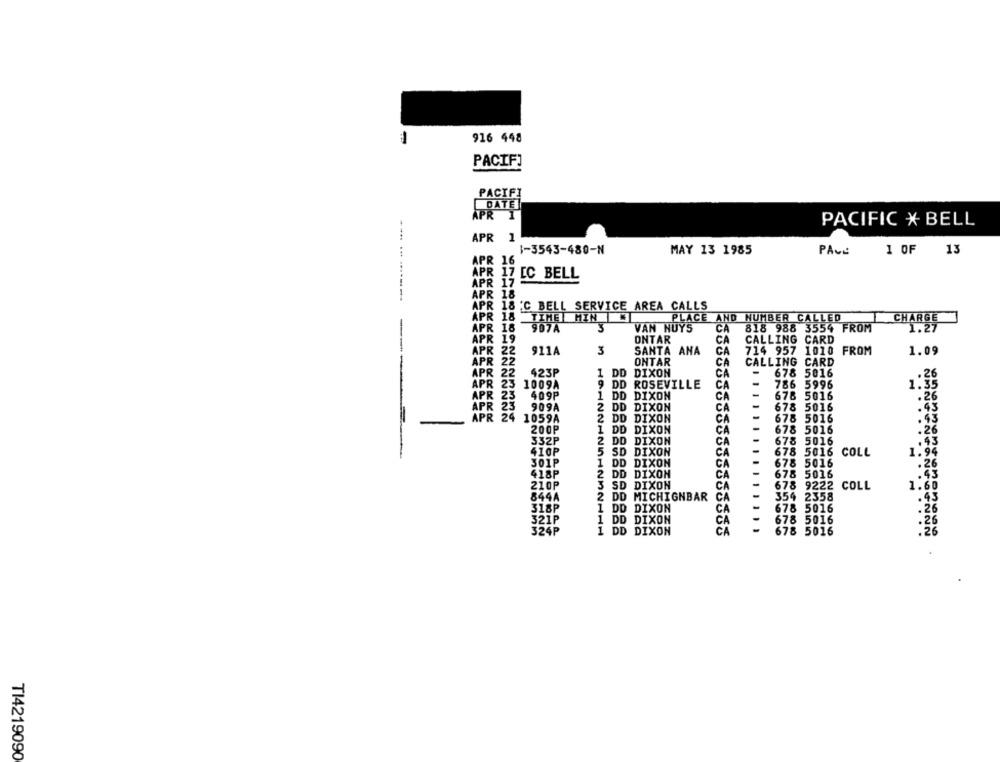
-
916 448
PACIFI
PACIFI
DATE
APR 1
PACIFIC * BELL
APR 1
1-3543-480-N
MAY 13 1985
PAGE
1 OF 13
APR 16
APR 17 [C BELL
APR 17
....... -------
APR 18
APR 18 '℃ BELL SERVICE AREA CALLS
APR 18
TIME MIN
PLACE AND NUMBER CALLED
CHARGE
APR 18
3
VAN NUYS
CA
818 988 3554 FROM
1.27
907A
APR 19
ONTAR
CA
CALLING CARD
911A
3
SANTA ANA
CA
714 957 1010 FROM
APR 22
1.09
APR 22
ONTAR
CA
CALLING CARD
APR 22
423P
1 DD
DIXON
CA
-
678 5016
.26
APR 23 1009A
9 DD
ROSEVILLE
CA
786 5996
1.35
APR 23
409P
1 DD DIXON
CA
-
678 5016
.26
APR 23
909A
2 DD DIXON
CA
678 5016
.43
APR 24 1059A
2 DD DIXON
CA
-
678 5016
.43
200P
1 DD DIXON
CA
-
678 5016
.26
332P
2 DD DIXON
CA
678 5016
.43
410P
1.98
5 SD DIXON
CA
678 5016 COLL
501P
1 DD DIXON
CA
678 5016
.26
418P
2 DD DIXON
-
678 5016
CA
3 SD DIXON
CA
678 9222 COLL
1
844A
CA
2 DD MICHIGNBAR
354 2358
1 DD DIXON
CA
-
678 5016
1 DD DIXON
678 5016
CA
324
1 DD DIXON
678 5016
TI4219090